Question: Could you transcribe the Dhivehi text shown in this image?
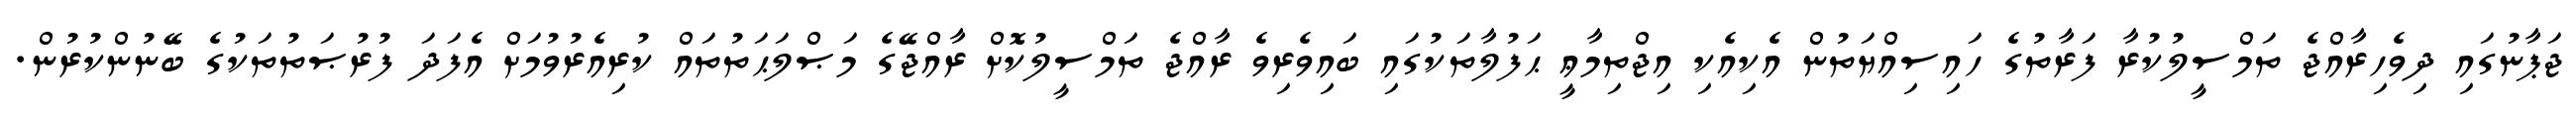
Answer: ޖަޕާނުގައި ދިވެހިރާއްޖެ ތަމްސީލުކުރާ ފަރާތުގެ ހައިސިއްޔަތުން އެކިއެކި އިޖްތިމާޢީ ޙަފުލާތަކުގައި ބައިވެރިވެ ރާއްޖެ ތަމްސީލުކޮށް ރާއްޖޭގެ މަޞްލަޙަތުތައް ކުރިއެރުވުމަށް އެފަދަ ފުރުޞަތުތަކުގެ ބޭނުންކުރުން.